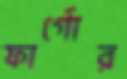
ফার্গোর